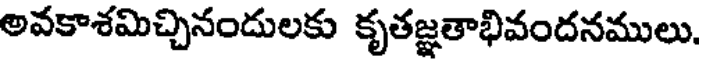
అవకాశమిచ్చినందులకు కృతజ్ఞతాభివందనములు,